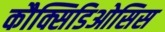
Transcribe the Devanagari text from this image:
कौक्सिडिओसिस